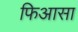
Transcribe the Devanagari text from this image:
फिआसा